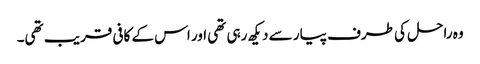
وہ راحل کی طرف پیار سے دیکھ رہی تھی اور اس کے کافی قریب تھی۔